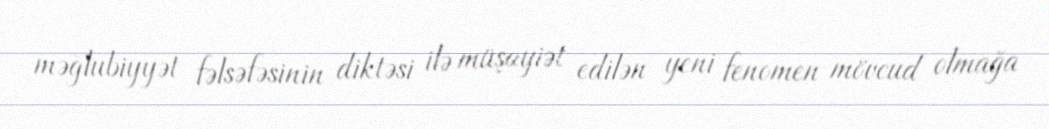
məğlubiyyət fəlsəfəsinin diktəsi ilə müşayiət edilən yeni fenomen mövcud olmağa